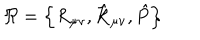
\Re = \left\{ R _ { \mu \nu } , { \hat { \cal R } } _ { \mu \nu } , { \hat { P } } \right\}